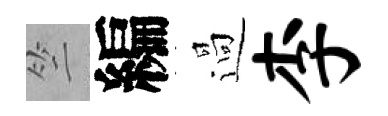
竺編過李